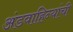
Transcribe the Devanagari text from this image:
अंडवाहिन्यांची